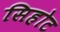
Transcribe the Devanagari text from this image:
सिहोट